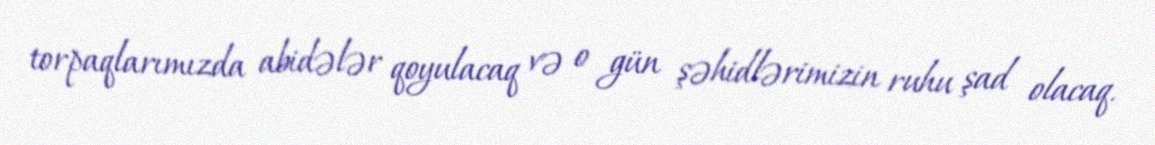
torpaqlarımızda abidələr qoyulacaq və o gün şəhidlərimizin ruhu şad olacaq.